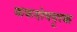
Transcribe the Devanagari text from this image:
कफदोषदूरक